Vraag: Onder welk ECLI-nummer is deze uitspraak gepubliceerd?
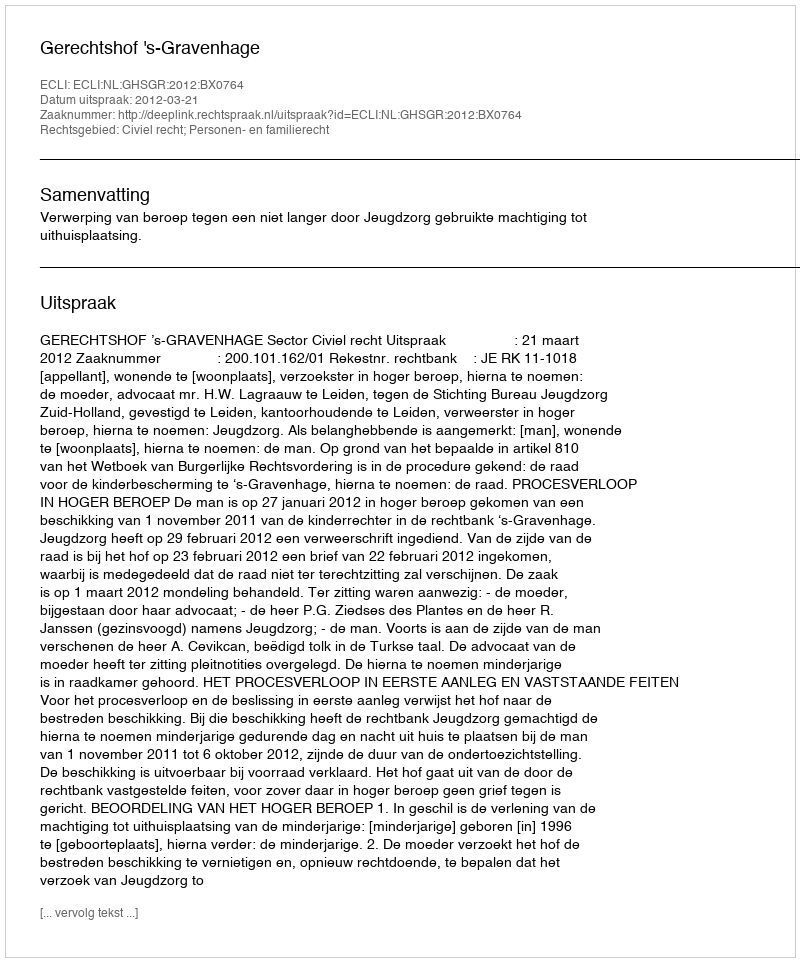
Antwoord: ECLI:NL:GHSGR:2012:BX0764